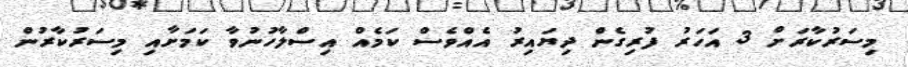
މިސަރުކާރަށް 3 އަހަރު ފުރިގެން ދިޔައިރު އެއްވެސް ކަމެއް އިސްލާހުނުވާ ކަމަށާއި މިސަރުކާރުން